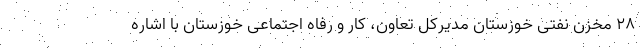
۲۸ مخزن نفتی خوزستان مدیرکل تعاون، کار و رفاه اجتماعی خوزستان با اشاره